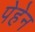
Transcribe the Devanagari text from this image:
पेहेन